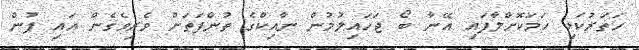
ހަތަރުކަޅި ހަމަކޮށްލާފައި އޭނާ ބޯ ޖަހައިލުމުން ނާއިކްގެ ތުންފަތަށް ވެރިވެގެން އައި ފުން